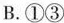
B.①③